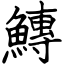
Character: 鱄